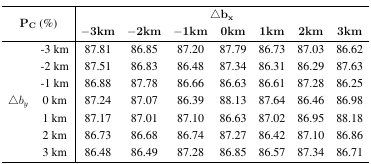
<table><thead><tr><td rowspan="2" colspan="2"><b>P<sub>C</sub> (%)</b></td><td colspan="7"><b>Δb<sub>x</sub></b></td></tr><tr><td><b>−3km</b></td><td><b>−2km</b></td><td><b>−1km</b></td><td><b>0km</b></td><td><b>1km</b></td><td><b>2km</b></td><td><b>3km</b></td></tr></thead><tbody><tr><td rowspan="7">Δ<i>b<sub>y</sub></i></td><td>-3 km</td><td>87.81</td><td>86.85</td><td>87.20</td><td>87.79</td><td>86.73</td><td>87.03</td><td>86.62</td></tr><tr><td>-2 km</td><td>87.51</td><td>86.83</td><td>86.48</td><td>87.34</td><td>86.31</td><td>86.29</td><td>87.63</td></tr><tr><td>-1 km</td><td>86.88</td><td>87.78</td><td>86.66</td><td>86.63</td><td>86.61</td><td>87.28</td><td>86.25</td></tr><tr><td>0 km</td><td>87.24</td><td>87.07</td><td>86.39</td><td>88.13</td><td>87.64</td><td>86.46</td><td>86.98</td></tr><tr><td>1 km</td><td>87.17</td><td>87.01</td><td>87.10</td><td>86.63</td><td>87.02</td><td>86.95</td><td>88.18</td></tr><tr><td>2 km</td><td>86.73</td><td>86.68</td><td>86.74</td><td>87.27</td><td>86.42</td><td>87.10</td><td>86.86</td></tr><tr><td>3 km</td><td>86.48</td><td>86.49</td><td>87.28</td><td>86.85</td><td>86.57</td><td>87.34</td><td>86.71</td></tr></tbody></table>